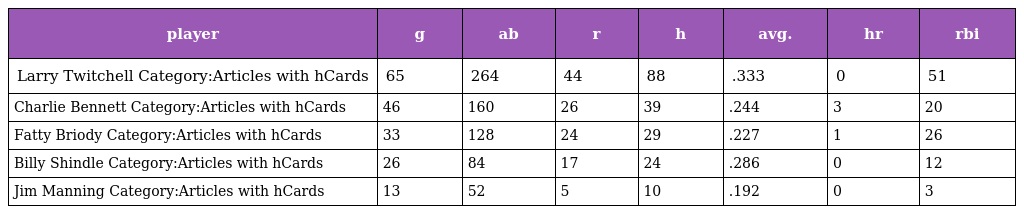
| player | g | ab | r | h | avg. | hr | rbi |
 | --- | --- | --- | --- | --- | --- | --- | --- |
 | Larry Twitchell Category:Articles with hCards | 65 | 264 | 44 | 88 | .333 | 0 | 51 |
 | Charlie Bennett Category:Articles with hCards | 46 | 160 | 26 | 39 | .244 | 3 | 20 |
 | Fatty Briody Category:Articles with hCards | 33 | 128 | 24 | 29 | .227 | 1 | 26 |
 | Billy Shindle Category:Articles with hCards | 26 | 84 | 17 | 24 | .286 | 0 | 12 |
 | Jim Manning Category:Articles with hCards | 13 | 52 | 5 | 10 | .192 | 0 | 3 |